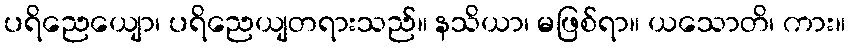
ပရိညေယျော၊ ပရိညေယျတရားသည်။ နသိယာ၊ မဖြစ်ရာ။ ယသောတိ၊ ကား။